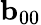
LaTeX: {\mathbf{b}}_{00}